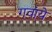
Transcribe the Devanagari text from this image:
गवांये